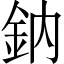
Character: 鈉